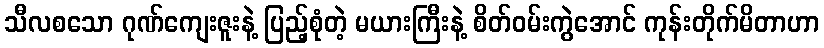
သီလစသော ဂုဏ်ကျေးဇူးနဲ့ ပြည့်စုံတဲ့ မယားကြီးနဲ့ စိတ်ဝမ်းကွဲအောင် ကုန်းတိုက်မိတာဟာ